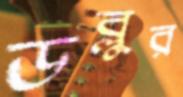
ডব্লুর